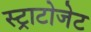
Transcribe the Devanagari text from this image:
स्ट्राटोजेट